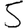
Digit: 5